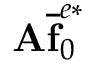
\mathbf { A } \mathbf { \overline { { f } } } _ { 0 } ^ { e * }